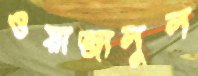
ওয়াজালুল